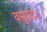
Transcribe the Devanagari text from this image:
वसुप्रदः।